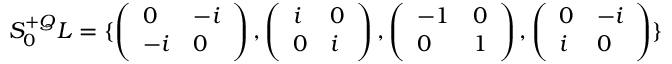
S _ { 0 } ^ { + Q } L = \{ \left( \begin{array} { l l } { { 0 } } & { { - i } } \\ { { - i } } & { { 0 } } \end{array} \right) , \left( \begin{array} { l l } { { i } } & { { 0 } } \\ { { 0 } } & { { i } } \end{array} \right) , \left( \begin{array} { l l } { { - 1 } } & { { 0 } } \\ { { 0 } } & { { 1 } } \end{array} \right) , \left( \begin{array} { l l } { { 0 } } & { { - i } } \\ { { i } } & { { 0 } } \end{array} \right) \}